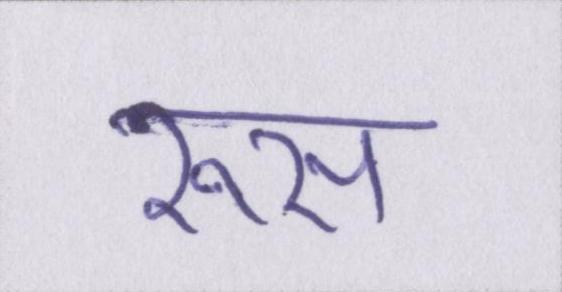
रूस